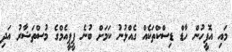
މައި އޮފީހުން ހާޑް ޑިސްކްތަކެއް ގެއްލުނު ކަމަށް ބުނެ ޕީޕީއެމްގެ މުސްތަޝާރު އަދި